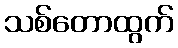
သစ်တောထွက်